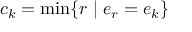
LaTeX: c _ { k } = \operatorname* { m i n } \{ r \mid e _ { r } = e _ { k } \}